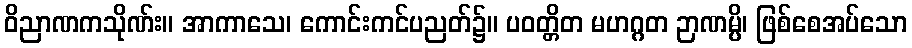
ဝိညာဏကသိုဏ်း။ အာကာသေ၊ ကောင်းကင်ပညတ်၌။ ပဝတ္တိတ မဟဂ္ဂတ ဉာဏမ္ပိ၊ ဖြစ်စေအပ်သော